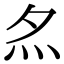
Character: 𡖋